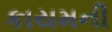
કાયમની